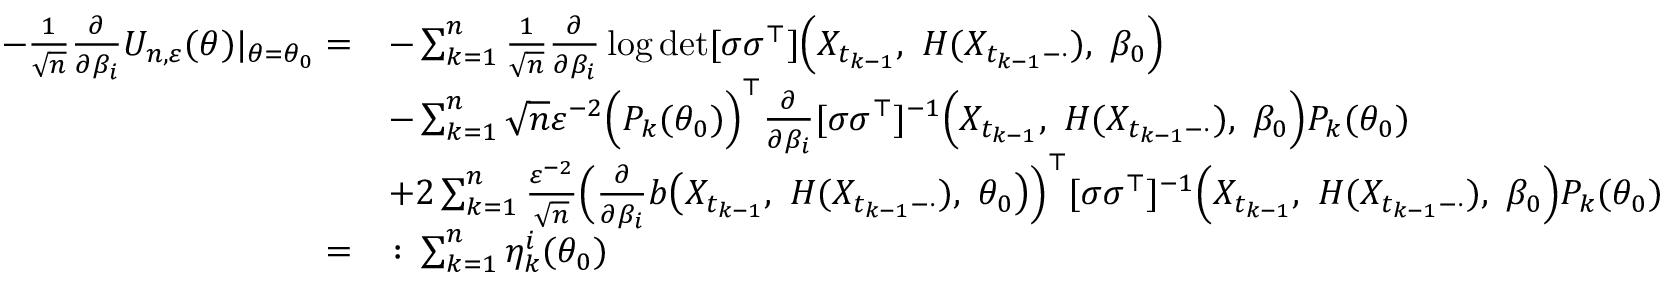
\begin{array} { r l } { - \frac { 1 } { \sqrt { n } } \frac { \partial } { \partial \beta _ { i } } U _ { n , \varepsilon } ( \theta ) | _ { \theta = \theta _ { 0 } } = } & { - \sum _ { k = 1 } ^ { n } \frac { 1 } { \sqrt { n } } \frac { \partial } { \partial \beta _ { i } } \log \operatorname* { d e t } [ \sigma \sigma ^ { \top } ] \Bigl ( X _ { t _ { k - 1 } } , ~ H ( X _ { t _ { k - 1 } - \cdot } ) , ~ \beta _ { 0 } \Bigr ) } \\ & { - \sum _ { k = 1 } ^ { n } \sqrt { n } \varepsilon ^ { - 2 } \Bigl ( P _ { k } ( \theta _ { 0 } ) \Bigr ) ^ { \top } \frac { \partial } { \partial \beta _ { i } } [ \sigma \sigma ^ { \top } ] ^ { - 1 } \Bigl ( X _ { t _ { k - 1 } } , ~ H ( X _ { t _ { k - 1 } - \cdot } ) , ~ \beta _ { 0 } \Bigr ) P _ { k } ( \theta _ { 0 } ) } \\ & { + 2 \sum _ { k = 1 } ^ { n } \frac { \varepsilon ^ { - 2 } } { \sqrt { n } } \Bigl ( \frac { \partial } { \partial \beta _ { i } } b \bigl ( X _ { t _ { k - 1 } } , ~ H ( X _ { t _ { k - 1 } - \cdot } ) , ~ \theta _ { 0 } \bigr ) \Bigr ) ^ { \top } [ \sigma \sigma ^ { \top } ] ^ { - 1 } \Bigl ( X _ { t _ { k - 1 } } , ~ H ( X _ { t _ { k - 1 } - \cdot } ) , ~ \beta _ { 0 } \Bigr ) P _ { k } ( \theta _ { 0 } ) } \\ { = } & { \colon \sum _ { k = 1 } ^ { n } \eta _ { k } ^ { i } ( \theta _ { 0 } ) } \end{array}